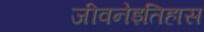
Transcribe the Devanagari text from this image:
जीवनेइतिहास